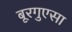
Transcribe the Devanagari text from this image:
बूरगुएसा